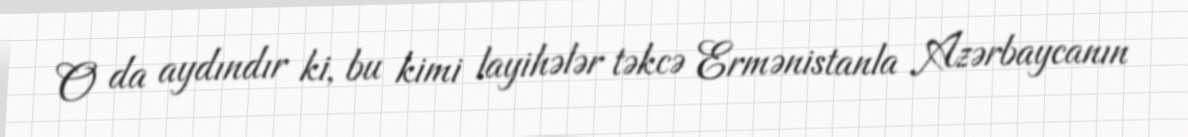
O da aydındır ki, bu kimi layihələr təkcə Ermənistanla Azərbaycanın